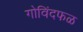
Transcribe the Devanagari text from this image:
गोविंदफळ